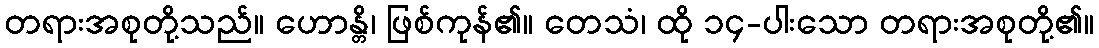
တရားအစုတို့သည်။ ဟောန္တိ၊ ဖြစ်ကုန်၏။ တေသံ၊ ထို ၁၄-ပါးသော တရားအစုတို့၏။